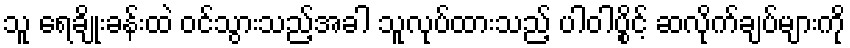
သူ ရေချိုးခန်းထဲ ဝင်သွားသည့်အခါ သူလုပ်ထားသည့် ပါဝါပွိုင့် ဆလိုက်ချပ်များကို